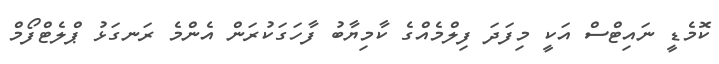
ކޮމެޑީ ނައިޓްސް އަކީ މިފަދަ ފިލްމެއްގެ ކާމިޔާބު ފާހަގަކުރަން އެންމެ ރަނގަޅު ޕްލެޓްފޯމް